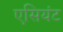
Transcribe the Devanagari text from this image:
एसियंट